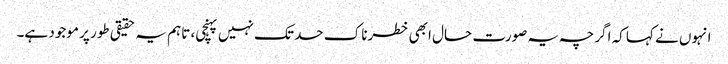
انہوں نے کہا کہ اگرچہ یہ صورت حال ابھی خطرناک حد تک نہیں پہنچی، تاہم یہ حقیقی طور پر موجود ہے۔